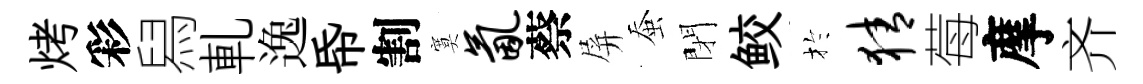
烤彩舄軋逸帋割寞氤蔡屏蚕閉鲛扵猜莓摩齐